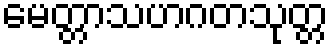
မေတ္တာသဟဂတသုတ္တ